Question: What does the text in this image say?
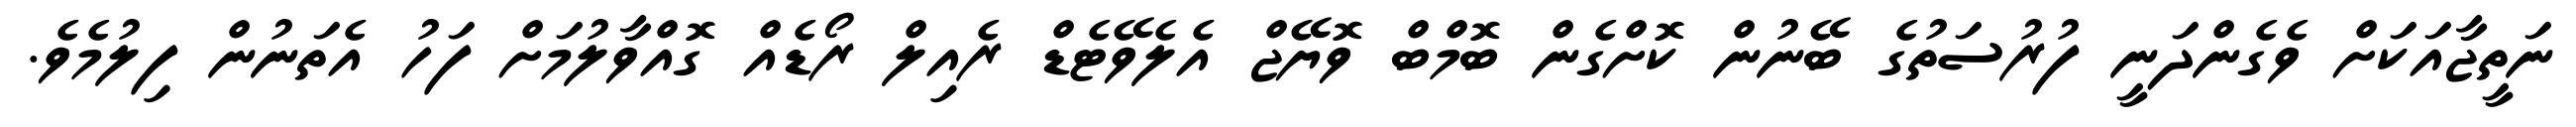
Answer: ނަތީޖާއަކަށް ވެގެންދަނީ ފުރުސަތުގެ ބޭނުން ކޮށްގެން ބޮމްބް ވޮޔޭޖް އެލެވޭޓެޑް ރެއިލް ރޯޑެއް ގޮއްވާލުމަށް ފަހު އެތަނުން ފިލުމެވެ.